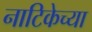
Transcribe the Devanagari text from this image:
नाटिकेच्या